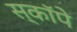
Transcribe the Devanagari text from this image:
स्कॉपे